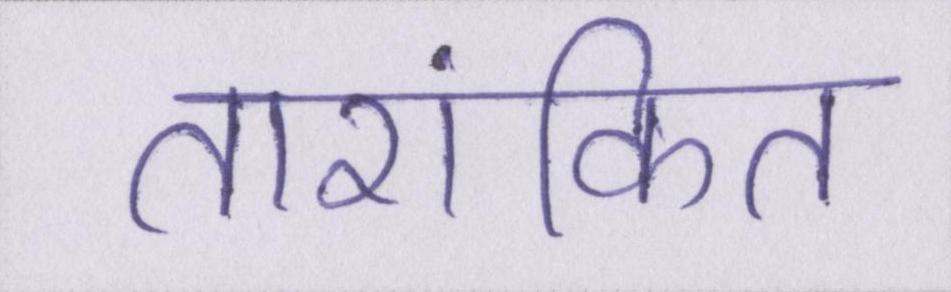
तारांकित